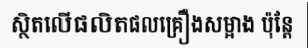
ស្ថិតលើផលិតផលគ្រឿងសម្អាង ប៉ុន្តែ